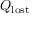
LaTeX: Q _ { \mathrm { l o s t } }